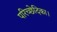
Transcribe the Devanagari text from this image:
परिच्छेदिका।